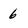
Character: 6